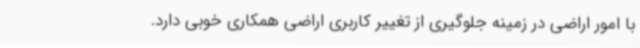
با امور اراضی در زمینه جلوگیری از تغییر کاربری اراضی همکاری خوبی دارد.